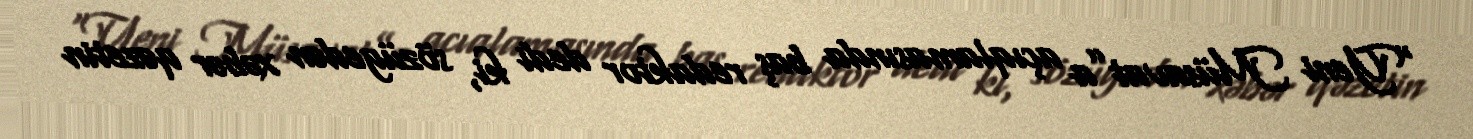
“Yeni Müsavat”a açıqlamasında baş redaktor dedi ki, sözügedən xəbər qəzetin